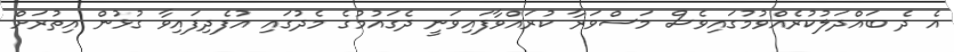
އެ ދެ ބައްދަލުކުރެއްވުމުގައިވެސް މަސްވަރާ ކުރައްވާފައިވަނީ ދެގައުމުގެ މެދުގައި އުފެދިފައިވާ ގުޅުން އިތުރަށް